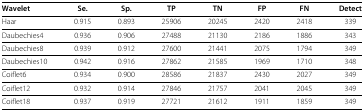
<table><thead><tr><td colspan="8"><b> </b></td></tr><tr><td><b>Wavelet</b></td><td><b>Se.</b></td><td><b>Sp.</b></td><td><b>TP</b></td><td><b>TN</b></td><td><b>FP</b></td><td><b>FN</b></td><td><b>Detect</b></td></tr></thead><tbody><tr><td>Haar</td><td>0.915</td><td>0.893</td><td>25906</td><td>20245</td><td>2420</td><td>2418</td><td>339</td></tr><tr><td>Daubechies4</td><td>0.936</td><td>0.906</td><td>27488</td><td>21130</td><td>2186</td><td>1886</td><td>343</td></tr><tr><td>Daubechies8</td><td>0.939</td><td>0.912</td><td>27600</td><td>21441</td><td>2075</td><td>1794</td><td>349</td></tr><tr><td>Daubechies10</td><td>0.942</td><td>0.916</td><td>27862</td><td>21585</td><td>1969</td><td>1710</td><td>348</td></tr><tr><td>Coiflet6</td><td>0.934</td><td>0.900</td><td>28586</td><td>21837</td><td>2430</td><td>2027</td><td>349</td></tr><tr><td>Coiflet12</td><td>0.932</td><td>0.914</td><td>27846</td><td>21757</td><td>2041</td><td>2045</td><td>349</td></tr><tr><td>Coiflet18</td><td>0.937</td><td>0.919</td><td>27721</td><td>21612</td><td>1911</td><td>1859</td><td>349</td></tr></tbody></table>